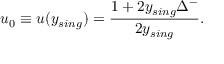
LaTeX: u _ { 0 } \equiv u ( y _ { s i n g } ) = \frac { 1 + 2 y _ { s i n g } \Delta ^ { - } } { 2 y _ { s i n g } } .